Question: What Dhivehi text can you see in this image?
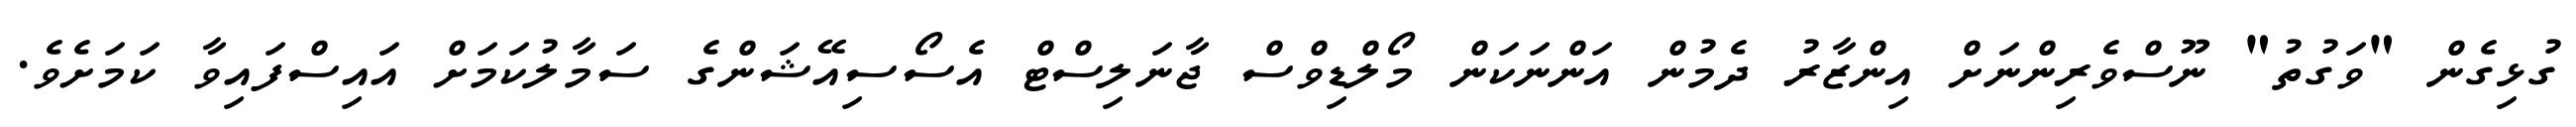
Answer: ގުޅިގެން "ވަގުތު" ނޫސްވެރިންނަށް އިންޒާރު ދެމުން އަންނަކަން މޯލްޑިވްސް ޖާނަލިސްޓް އެސޯސިއޭޝަންގެ ސަމާލުކަމަށް އައިސްފައިވާ ކަމަށެވެ.